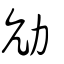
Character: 劥